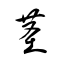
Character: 茎